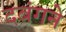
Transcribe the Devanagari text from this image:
दबंगने